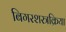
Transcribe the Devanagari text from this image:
बिगरशस्त्रक्रिया